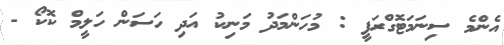
އެންމެ ސިނަމަޓޮގްރަފީ : މުހަންމަދު މަނިކު އަދި ހަސަން ހަލީމް ކޮކޯ -